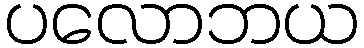
ပလောဘယ